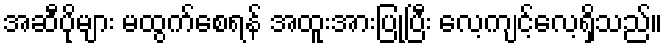
အဆီပိုများ မထွက်စေရန် အထူးအားပြုပြီး လေ့ကျင့်လေ့ရှိသည်။